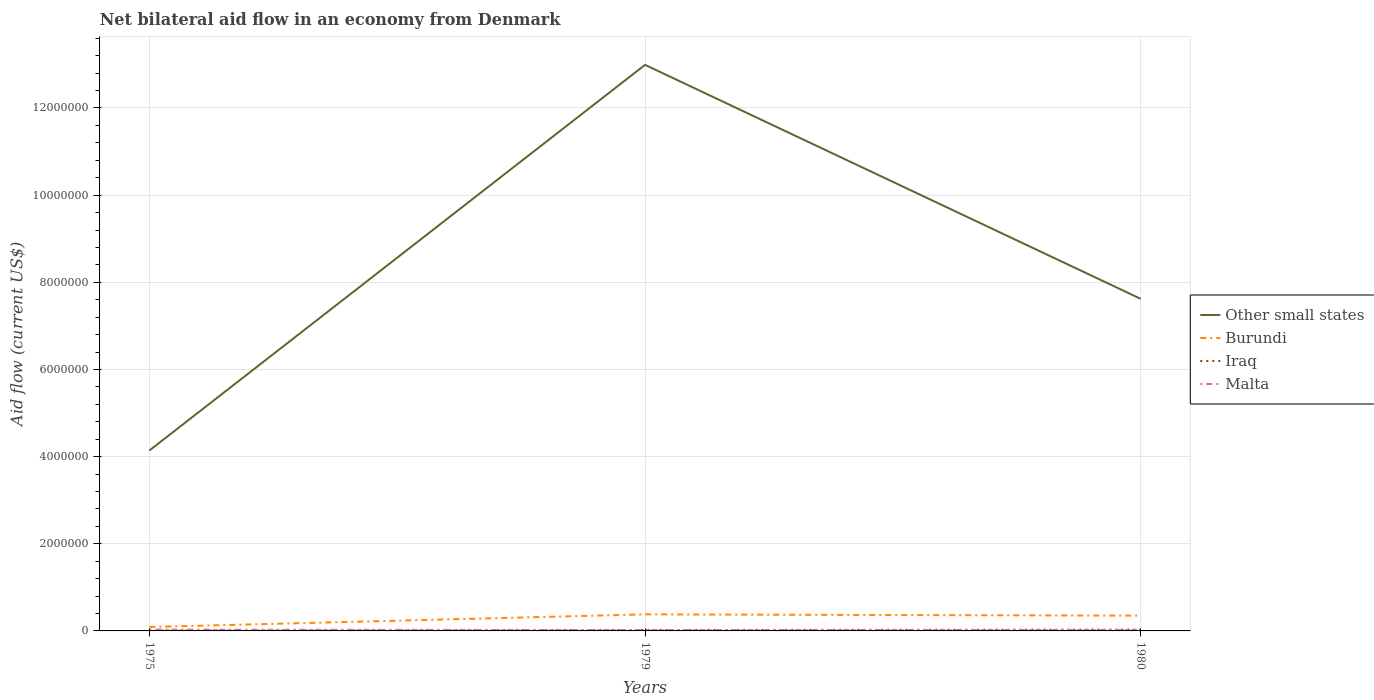
| Years | Other small states | Burundi | Iraq | Malta |
 | --- | --- | --- | --- | --- |
 | 1975 | 4.14e+06 | 9e+04 | 1e+04 | 3e+04 |
 | 1979 | 1.3e+07 | 3.8e+05 | 2e+04 | 2e+04 |
 | 1980 | 7.62e+06 | 3.5e+05 | 3e+04 | 2e+04 |